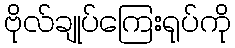
ဗိုလ်ချုပ်ကြေးရုပ်ကို